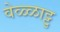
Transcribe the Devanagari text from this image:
वेळ्ळाट्टु